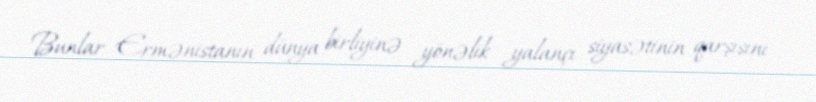
Bunlar Ermənistanın dünya birliyinə yönəlik yalançı siyasətinin qarşısını